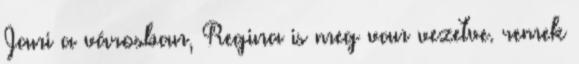
Jani a városban, Regina is meg van vezetve. remek